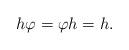
LaTeX: \begin{align*} h\varphi=\varphi h=h.\end{align*}